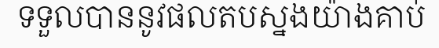
ទទួលបាននូវផលតបស្នងយ៉ាងគាប់